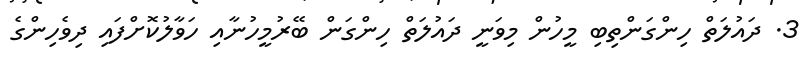
3. ދައުލަތް ހިންގަންތިބި މީހުން މިވަނީ ދައުލަތް ހިންގަން ބޭރުމީހުނާއި ހަވާލުކޮށްފައި ދިވެހިންގެ